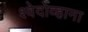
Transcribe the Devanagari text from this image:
श्वेदोव्हाना